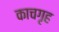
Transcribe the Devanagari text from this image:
काचगृह